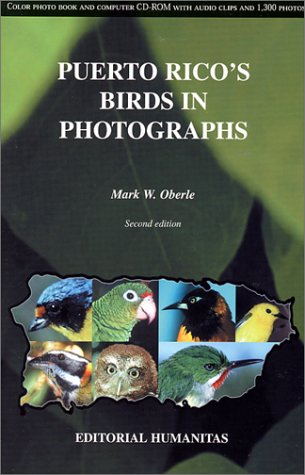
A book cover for Puerto Rico's Birds in Photographs; Mark W. Oberle; Travel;